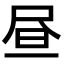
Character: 昼